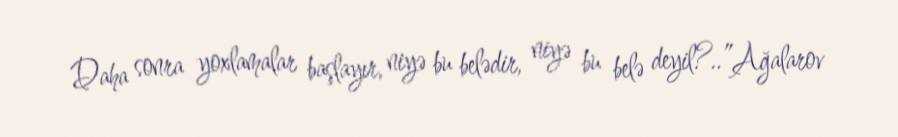
Daha sonra yoxlamalar başlayır, niyə bu belədir, niyə bu belə deyil?..”Ağalarov